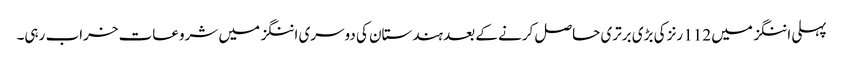
پہلی اننگز میں 112 رنز کی بڑی برتری حاصل کرنے کے بعد ہندستان کی دوسری اننگز میں شروعات خراب رہی۔